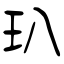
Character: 玐